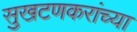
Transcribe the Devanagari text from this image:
सुखटणकरांच्या